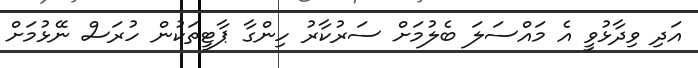
އަދި ވިދާޅުވީ އެ މައްސަލަ ބެލުމަށް ސަރުކާރު ހިންގާ ޕާޓީތަކުން ހުރަސް ނޭޅުމަށް